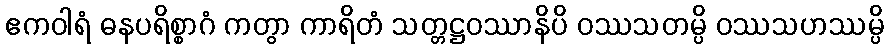
ဧကဝါရံ ဓနပရိစ္စာဂံ ကတွာ ကာရိတံ သတ္တဋ္ဌဝဿာနိပိ ဝဿသတမ္ပိ ဝဿသဟဿမ္ပိ